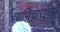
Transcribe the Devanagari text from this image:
व्यभिचारज्ञान